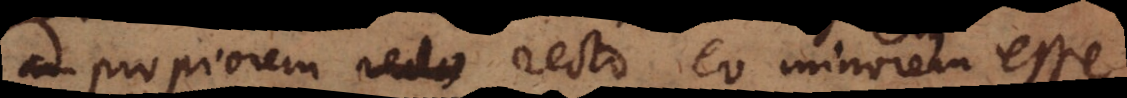
ad propiorem recto recto eo minorem esse